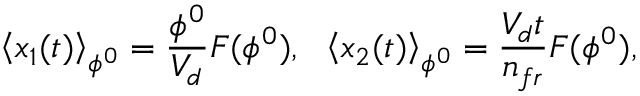
\left\langle x _ { 1 } ( t ) \right\rangle _ { \phi ^ { 0 } } = \frac { \phi ^ { 0 } } { V _ { d } } F ( \phi ^ { 0 } ) , \ \ \left\langle x _ { 2 } ( t ) \right\rangle _ { \phi ^ { 0 } } = \frac { V _ { d } t } { n _ { f r } } F ( \phi ^ { 0 } ) ,